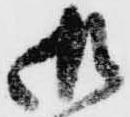
御